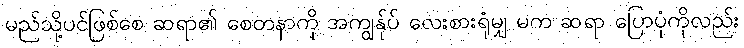
မည်သို့ပင်ဖြစ်စေ ဆရာ၏ စေတနာကို အကျွန်ုပ် လေးစားရုံမျှ မက ဆရာ ပြောပုံကိုလည်း